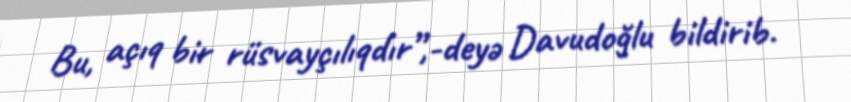
Bu, açıq bir rüsvayçılıqdır”,-deyə Davudoğlu bildirib.